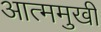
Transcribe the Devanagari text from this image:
आत्ममुखी